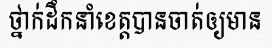
ថ្នាក់ដឹកនាំខេត្តបានចាត់ឲ្យមាន